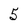
Character: 5